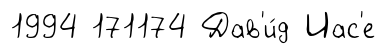
1994 171174 Дав'и́д Иас'е